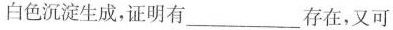
白色沉淀生成，证明有___存在，又可